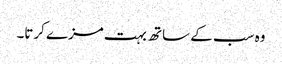
وہ سب کے ساتھ بہت مزے کرتا۔